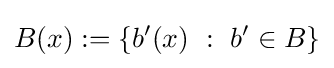
B(x):=\left\{b^{\prime }(x)~:~b^{\prime }\in B\right\}